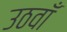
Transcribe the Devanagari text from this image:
उठवाँ